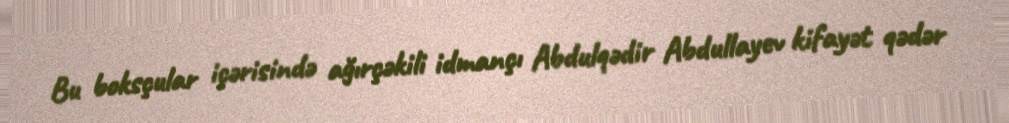
Bu boksçular içərisində ağırçəkili idmançı Abdulqədir Abdullayev kifayət qədər